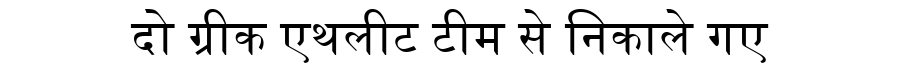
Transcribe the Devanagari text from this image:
दो ग्रीक एथलीट टीम से निकाले गए